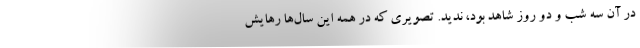
در آن سه شب و دو روز شاهد بود، نديد. تصويري كه در همه اين سال‌ها رهايش